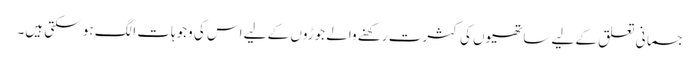
جسمانی تعلق کے لیے ساتھیوں کی کثرت رکھنے والے جوڑوں کے لیے اس کی وجوہات الگ ہو سکتی ہیں۔